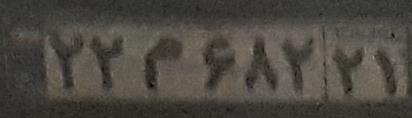
۲۲م۶۸۲۲۱